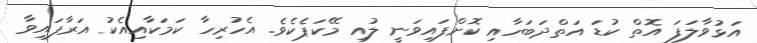
އަޅުވާލަފަ އޮތް ކުޑަ އަތްދަބަހާއި ކޮށްފައިވަނީ ލުއި މޭކަޕެކެވެ. އެހުރިހާ ކަމަކާއިއެކު އަރާފައިވާ